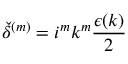
{ \check { \delta } } ^ { ( m ) } = i ^ { m } k ^ { m } \frac { \epsilon ( k ) } { 2 }